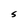
Character: S